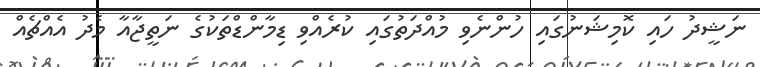
ނަޝީދު ހައި ކޮމިޝަނުގައި ހުންނެވި މުއްދަތުގައި ކުރެއްވި ޑިމާންޑްތަކުގެ ނަތީޖާއާ މެދު އެއްޗެއް